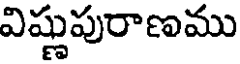
విష్ణుపురాణము